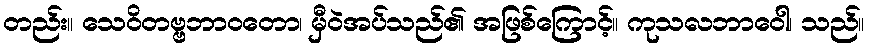
တည်း။ သေဝိတဗ္ဗဘာဝတော၊ မှီဝဲအပ်သည်၏ အဖြစ်ကြောင့်။ ကုသလဘာဝေါ၊ သည်။